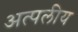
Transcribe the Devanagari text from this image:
अत्पलीय